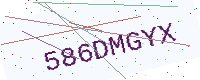
Text: 586DMGYX